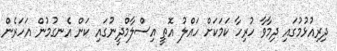
ދިރިއުޅުމުގައި ދިމާވާ ހުރިހާ ކަމަކަށް ހައްލު އޮތީ އިސްލާމްދީނުގައި ކަން އެނގުމުން އަހަރެން